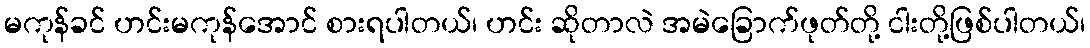
မကုန်ခင် ဟင်းမကုန်အောင် စားရပါတယ်၊ ဟင်း ဆိုတာလဲ အမဲခြောက်ဖုတ်တို့ ငါးတို့ဖြစ်ပါတယ်၊